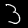
Label: 3